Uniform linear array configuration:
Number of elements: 12
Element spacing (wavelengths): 0.25
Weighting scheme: kaiser
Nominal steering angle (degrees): -45
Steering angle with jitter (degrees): -44.878
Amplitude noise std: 0.05
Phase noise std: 0.05

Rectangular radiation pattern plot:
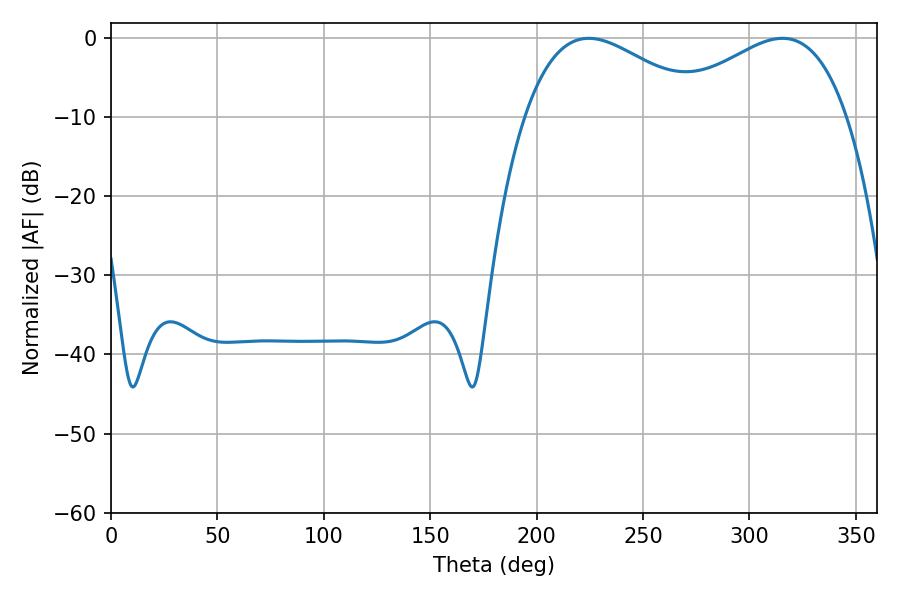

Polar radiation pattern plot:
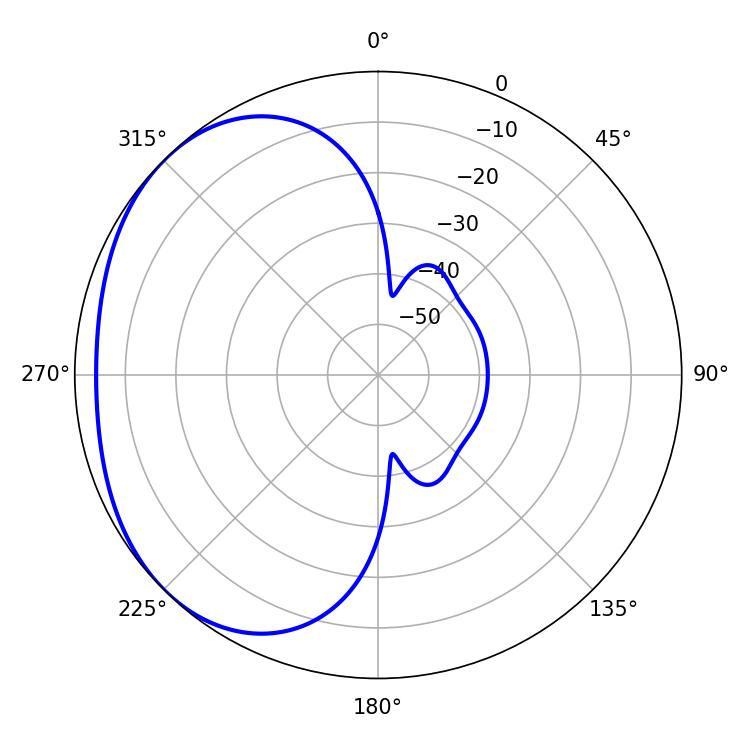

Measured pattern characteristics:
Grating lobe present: FALSE
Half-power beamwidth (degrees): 46.08
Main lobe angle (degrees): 224.46